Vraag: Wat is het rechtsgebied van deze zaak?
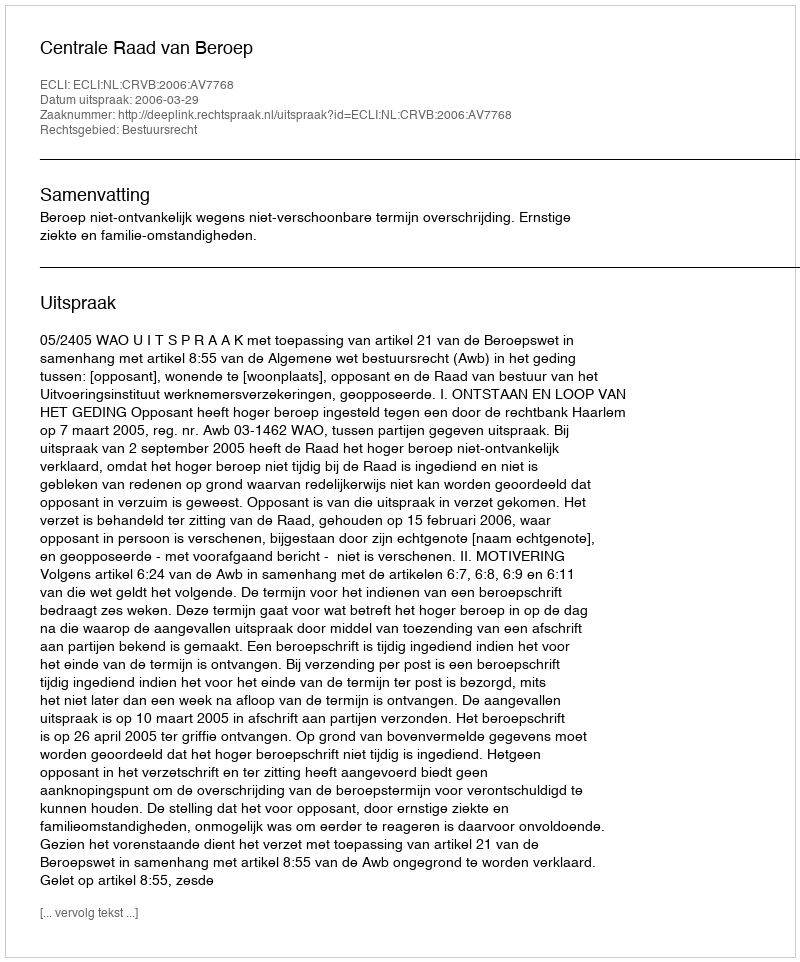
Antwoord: Bestuursrecht